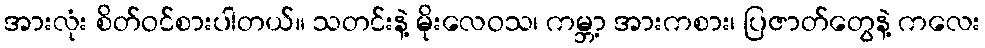
အားလုံး စိတ်ဝင်စားပါတယ်။ သတင်းနဲ့ မိုးလေဝသ၊ ကမ္ဘာ့ အားကစား၊ ပြဇာတ်တွေနဲ့ ကလေး